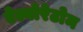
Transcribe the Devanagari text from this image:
ऐल्बोरेटोम